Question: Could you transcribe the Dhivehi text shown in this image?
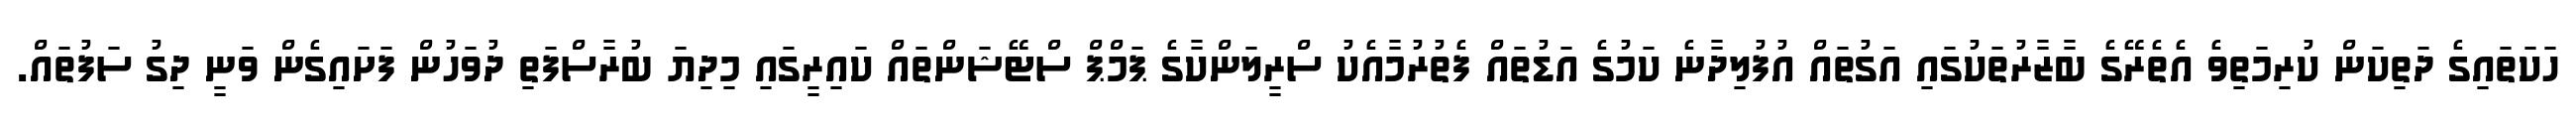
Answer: ހަކަތައިގެ ދަތިކަން ކުރިމަތިވެ އެތެރޭގެ ބާޒާރުތަކުގައި އަގުތައް އުފުލިދާނެ ކަމުގެ އަޑުތައް ފެތުރުމާއެކު ސްރީލަންކާގެ ޕަމްޕް ސްޓޭޝަންތައް ކައިރީގައި މިދިޔަ ބުރާސްފަތި ދުވަހުން ފަށައިގެން ވަނީ ދިގު ސަފުތައް.